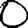
Digit: 0